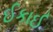
ઈકાઈ